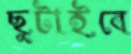
ছুটাইবে